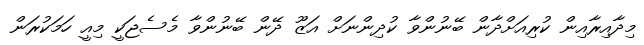
މިދާއިރާއިން ކުރިއަށްދާން ބޭނުންވާ ކުދިންނަށް އަޒޫ ދޭން ބޭނުންވާ މެސެޖަކީ މިއީ ހަމަކުރަން